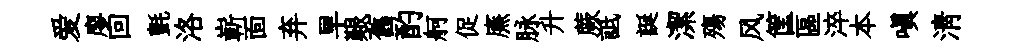
爱廖回氈洛嶄靣弃旱艱舊酌舸促㢘脉升蕨詆誕潔殤风筐區淬本嗔淸